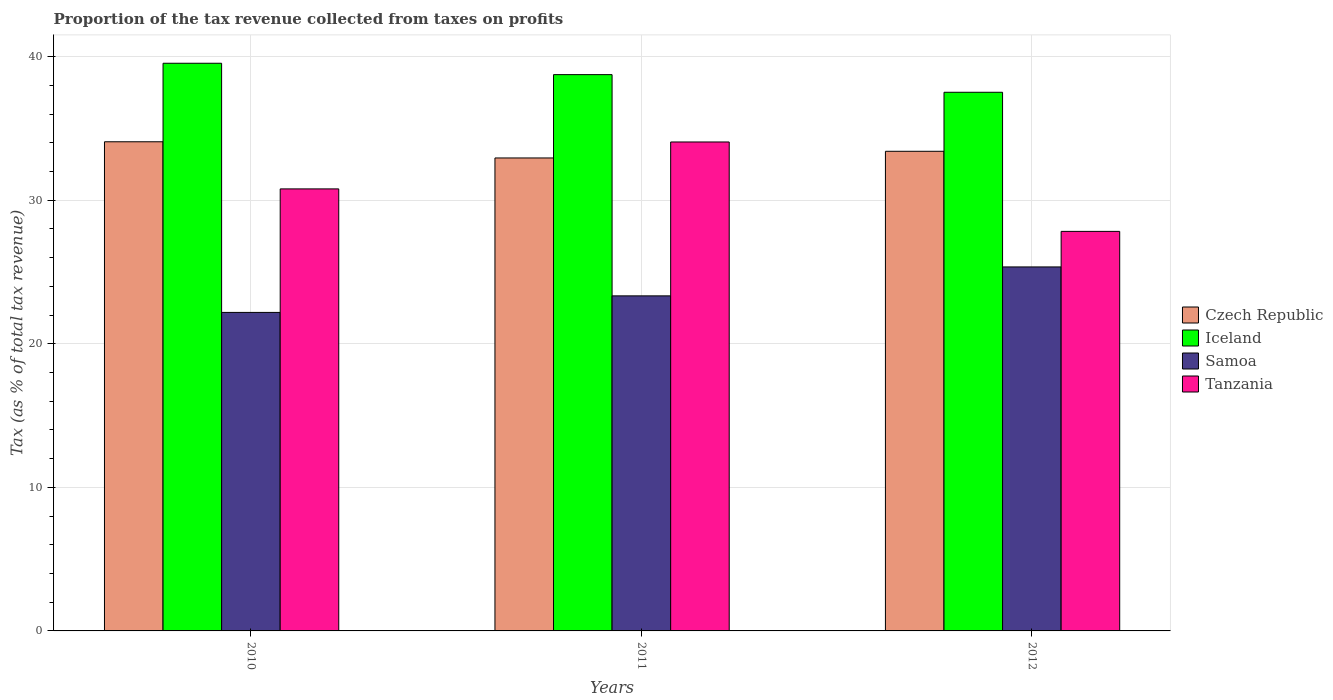
| Years | Czech Republic | Iceland | Samoa | Tanzania |
 | --- | --- | --- | --- | --- |
 | 2010 | 34.1 | 39.5 | 22.2 | 30.8 |
 | 2011 | 32.9 | 38.7 | 23.3 | 34.1 |
 | 2012 | 33.4 | 37.5 | 25.3 | 27.8 |